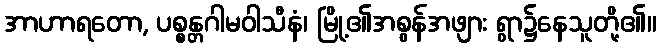
အာဟာရတော, ပစ္စန္တဂါမဝါသီနံ၊ မြို့၏အစွန်အဖျား ရွာ၌နေသူတို့၏။